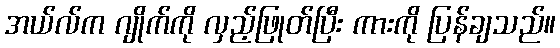
အယ်လ်က ဂျိုက်ကို လှည့်ဖြုတ်ပြီး ကားကို ပြန်ချသည်။